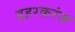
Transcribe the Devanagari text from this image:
डहरकरंज